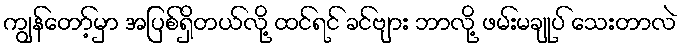
ကျွန်တော့်မှာ အပြစ်ရှိတယ်လို့ ထင်ရင် ခင်ဗျား ဘာလို့ ဖမ်းမချုပ် သေးတာလဲ